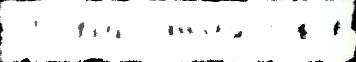
25  выполн'я́ть годо́в